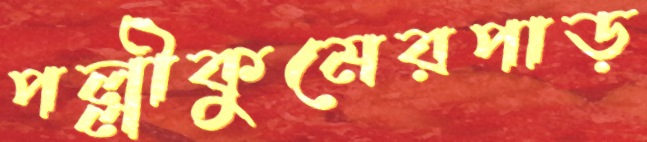
পল্লীকুমেরপাড়